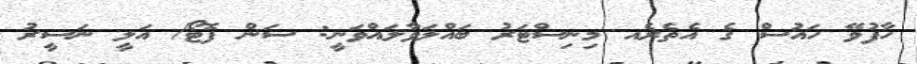
ހާފުވޭ ހައުސް ގެ އެތެރެއ މިނިސްޓަރު ބައްލަވާލައްވަނީ: ސަން ފޮޓޯ/ އަލީ ނަސީރު